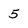
Character: 5